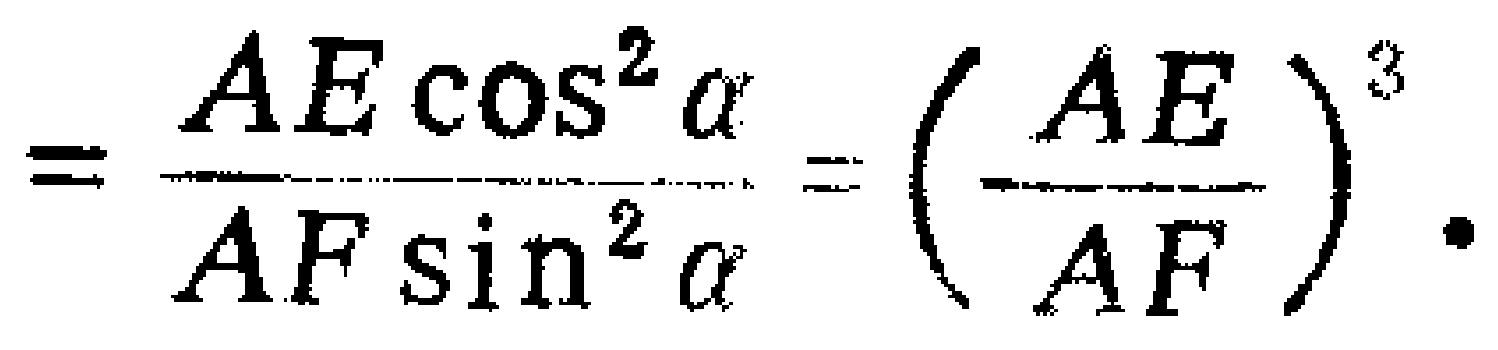
$=\frac{AE\cos^{2}\alpha}{AF\sin^{2}\alpha}=(\frac{AE}{AF})^{3}.$